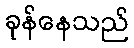
ခုန်နေသည်